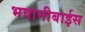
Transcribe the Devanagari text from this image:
भवानीबाईस